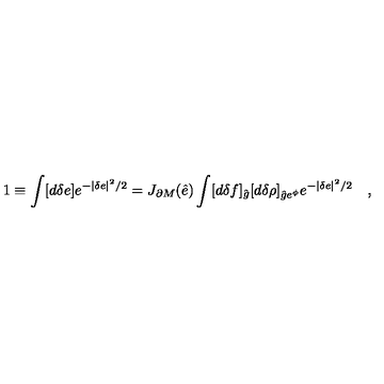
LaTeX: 1 \equiv \int [ d \delta e ] e ^ { - | \delta e | ^ { 2 } / 2 } = J _ { \partial M } ( \hat { e } ) \int [ d \delta f ] _ { \hat { g } } [ d \delta \rho ] _ { { \hat { g } } e ^ { \phi } } e ^ { - | \delta e | ^ { 2 } / 2 } \quad ,